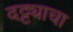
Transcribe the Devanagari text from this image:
दट्ट्याचा